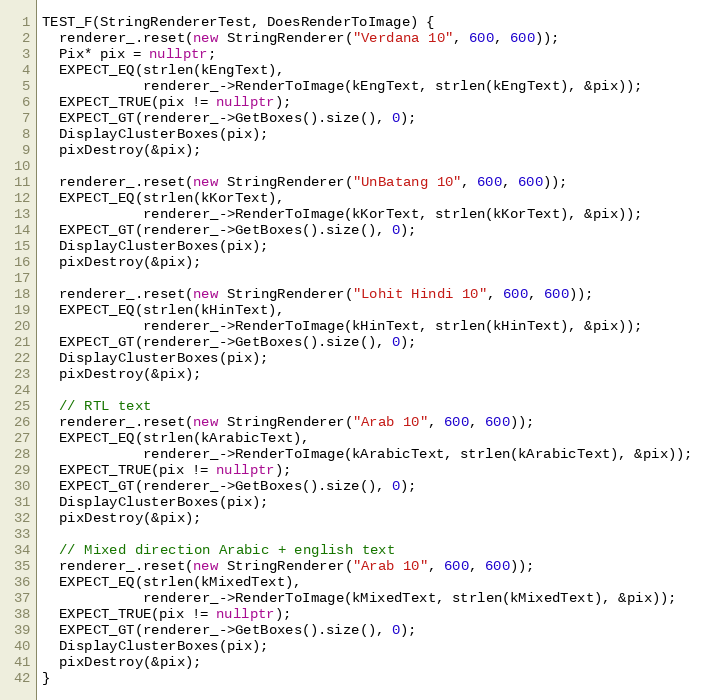
Language: C++
TEST_F(StringRendererTest, DoesRenderToImage) {
  renderer_.reset(new StringRenderer("Verdana 10", 600, 600));
  Pix* pix = nullptr;
  EXPECT_EQ(strlen(kEngText),
            renderer_->RenderToImage(kEngText, strlen(kEngText), &pix));
  EXPECT_TRUE(pix != nullptr);
  EXPECT_GT(renderer_->GetBoxes().size(), 0);
  DisplayClusterBoxes(pix);
  pixDestroy(&pix);

  renderer_.reset(new StringRenderer("UnBatang 10", 600, 600));
  EXPECT_EQ(strlen(kKorText),
            renderer_->RenderToImage(kKorText, strlen(kKorText), &pix));
  EXPECT_GT(renderer_->GetBoxes().size(), 0);
  DisplayClusterBoxes(pix);
  pixDestroy(&pix);

  renderer_.reset(new StringRenderer("Lohit Hindi 10", 600, 600));
  EXPECT_EQ(strlen(kHinText),
            renderer_->RenderToImage(kHinText, strlen(kHinText), &pix));
  EXPECT_GT(renderer_->GetBoxes().size(), 0);
  DisplayClusterBoxes(pix);
  pixDestroy(&pix);

  // RTL text
  renderer_.reset(new StringRenderer("Arab 10", 600, 600));
  EXPECT_EQ(strlen(kArabicText),
            renderer_->RenderToImage(kArabicText, strlen(kArabicText), &pix));
  EXPECT_TRUE(pix != nullptr);
  EXPECT_GT(renderer_->GetBoxes().size(), 0);
  DisplayClusterBoxes(pix);
  pixDestroy(&pix);

  // Mixed direction Arabic + english text
  renderer_.reset(new StringRenderer("Arab 10", 600, 600));
  EXPECT_EQ(strlen(kMixedText),
            renderer_->RenderToImage(kMixedText, strlen(kMixedText), &pix));
  EXPECT_TRUE(pix != nullptr);
  EXPECT_GT(renderer_->GetBoxes().size(), 0);
  DisplayClusterBoxes(pix);
  pixDestroy(&pix);
}